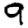
Digit: 9